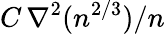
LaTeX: C\, \nabla^{2}(n^{2/3})/n